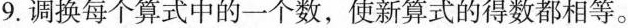
9.调换每个算式中的一个数，使新算式的得数都相等。